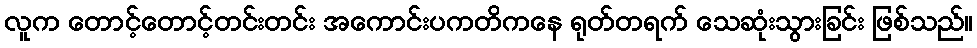
လူက တောင့်တောင့်တင်းတင်း အကောင်းပကတိကနေ ရုတ်တရက် သေဆုံးသွားခြင်း ဖြစ်သည်။